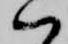
ハ